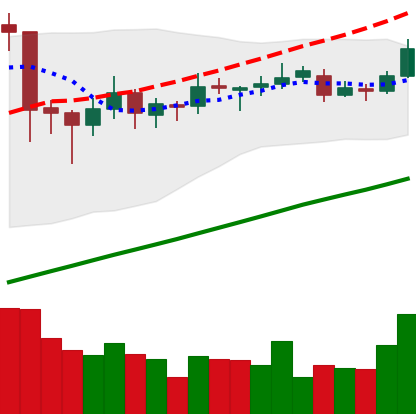
Ticker: ETC-USD
Chart end date: 2019-06-22
Forward return: -16.311%
Label: down_7plus